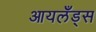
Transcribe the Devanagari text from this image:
आयलँड्स